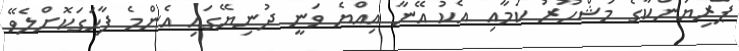
ޕްރިޔަންކާގެ މަޝްހޫރު ކަމާއި އެކު އޭނާ އިއްޔެ ވަނީ ދުނިޔޭގައި އެންމެ ފާހަގަކޮށްލެވޭ